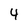
Character: 4